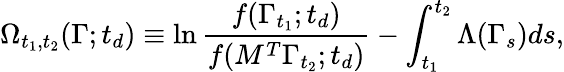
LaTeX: \Omega_{t_{1},t_{2}}(\Gamma;t_{d})\equiv\ln\frac{f(\Gamma_{t_{1}};t_{d})}{f(M^{T}\Gamma_{t_{2}};t_{d})}-\int_{t_{1}}^{t_{2}}\Lambda(\Gamma_{s})ds,